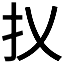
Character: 𢩩